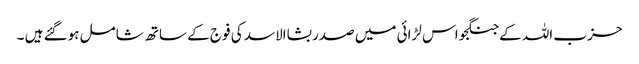
حزب اللہ کے جنگجو اس لڑائی میں صدر بشاالاسد کی فوج کے ساتھ شامل ہوگئے ہیں ۔